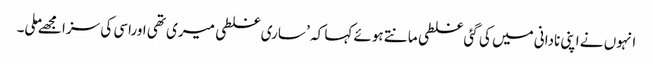
انہوں نے اپنی نادانی میں کی گئی غلطی مانتے ہوئے کہا کہ ’ ساری غلطی میری تھی اوراسی کی سزا مجھےملی۔